Lunatic asylums Central Provinces reports 1910-1926 - 1910-1926
Year: 1910
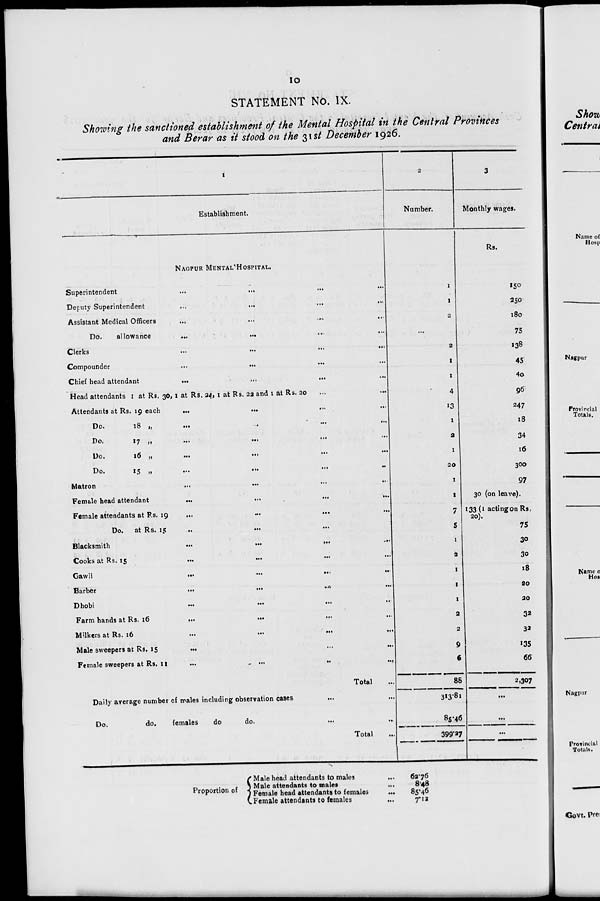
10
STATEMENT No. IX.
Showing the sanctioned establishment of the Mental Hospital in the Central Provinces
and Berar as it stood on the 31st December 1926.
1
Establishment.
NAGPUR MENTAL HOSPITAL.
Superintendent
...
...
...
...
Deputy Superintendent
...
...
...
...
Assistant Medical Officers
...
...
...
...
Do.
allowance
...
...
...
...
Clerks
...
...
...
...
Compounder ... ... ... ...
Chief head attendant
...
...
...
...
Head attendants 1 at Rs. 30, 1 at Rs. 24, 1 at Rs. 22 and 1 at Rs. 20 ...
Attendants at Rs. 19 each
...
...
...
...
Do.
18
„
...
...
...
Do.
17
„
...
...
...
Do.
16
„
...
...
...
Do.
15
„
...
...
...
...
Matron ... ... ... ...
Female head attendant
...
...
...
...
Female attendants at Rs. 19
...
...
...
...
Do. at Rs. 15 ... ... ... ...
Blacksmith
...
...
...
...
Cooks at Rs. 15
...
...
...
...
Gawli
...
...
...
...
Barber
...
...
...
...
Dhobi
...
...
...
...
Farm hands at Rs. 16
...
...
...
...
Milkers at Rs. 16
...
...
...
...
Male sweepers at Rs. 15 ... ... ... ...
Female sweepers at Rs. 11 ... ... ... ...
Total ...
Daily average number of males including observation cases ... ...
Do.
do.
females
do
do. ... ...
Total
...
2
Number.
1
1
2
...
2
1
1
4
13
1
2
1
20
1
1
7
5
1
2
1
1
1
2
2
9
6
88
313.81
85.46
399.27
3
Monthly wages.
Rs.
150
250
180
75
138
45
40
96
247
18
34
16
300
97
30 (on leave).
133(1 acting on Rs
20).
75
30
30
18
20
20
32
32
135
66
2,307
...
...
...
Proportion of
Male head attendants to males ...
Male attendants to males ...
Female head attendants to females ...
Female attendants to females ...
62.76
8.48
85.46
7.12